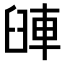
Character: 𨋺